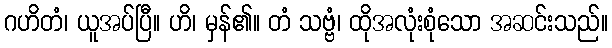
ဂဟိတံ၊ ယူအပ်ပြီ။ ဟိ၊ မှန်၏။ တံ သဗ္ဗံ၊ ထိုအလုံးစုံသော အဆင်းသည်။